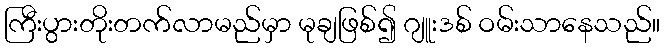
ကြီးပွားတိုးတက်လာမည်မှာ မုချဖြစ်၍ ဂျူးဒစ် ဝမ်းသာနေသည်။